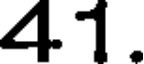
41.